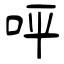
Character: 呯